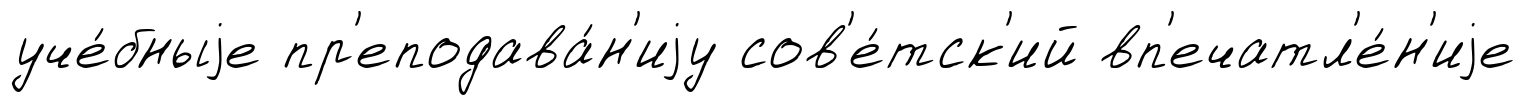
уче́бныjе пр'еподава́н'иjу сов'е́тск'ий вп'ечатл'е́н'иjе